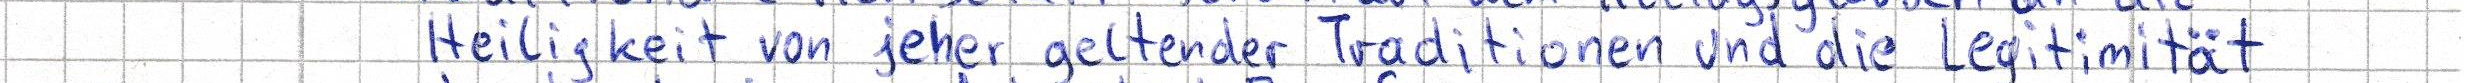
Heiligkeit von jeher geltender Traditionen und die Legitimität